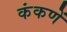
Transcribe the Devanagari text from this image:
कंकणें